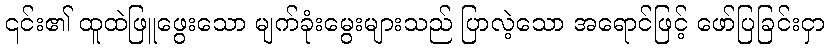
၎င်း၏ ထူထဲဖြူဖွေးသော မျက်ခုံးမွေးများသည် ပြာလဲ့သော အရောင်ဖြင့် ဖော်ပြခြင်းငှာ